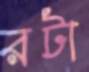
রটা